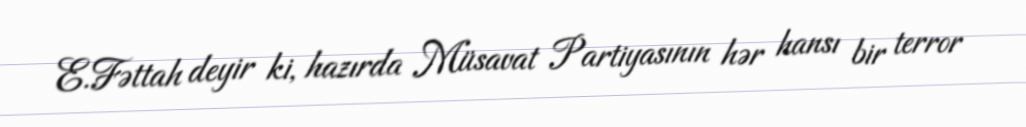
E.Fəttah deyir ki, hazırda Müsavat Partiyasının hər hansı bir terror